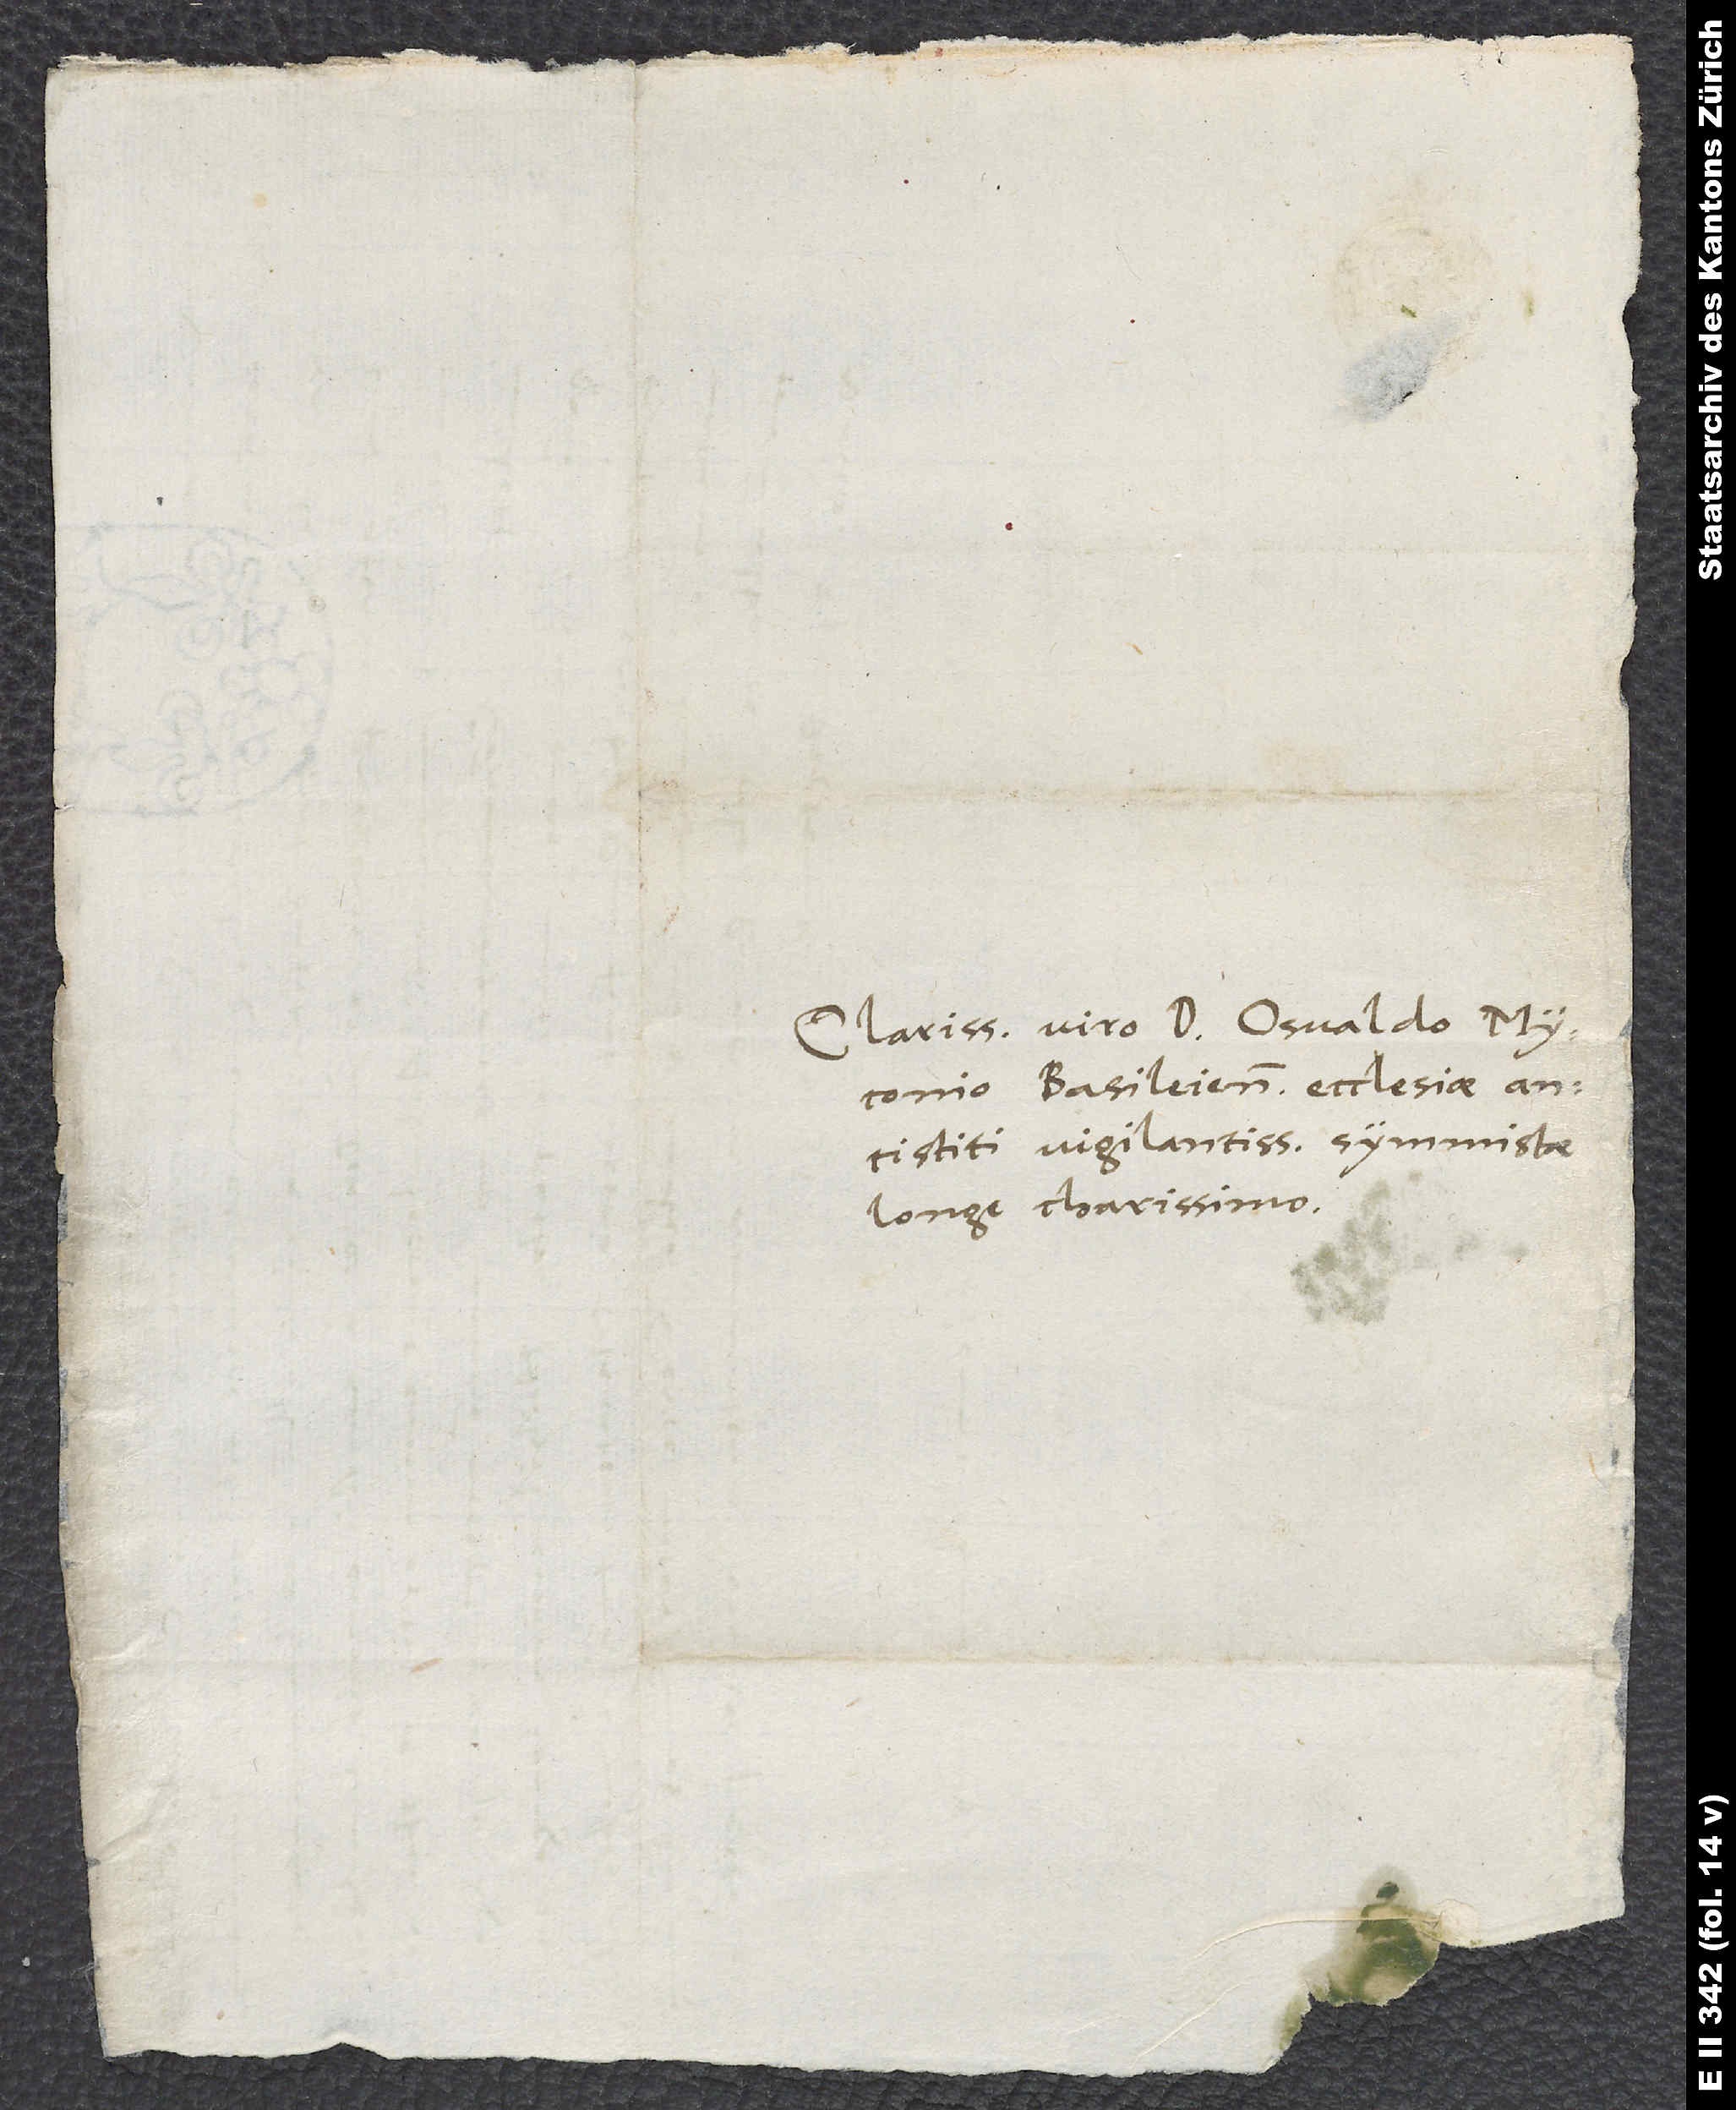
Clarissimo viro d. Osvaldo Myconio
Basileiensis ecclesiae
antistiti vigilantissimo, symmistae
longe charissimo.